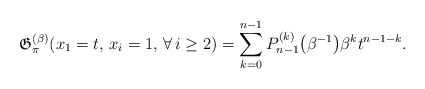
\begin{gather*}\mathfrak{ G}_{\pi}^{(\beta)}(x_1=t,\,x_i=1,\, \forall\, i \ge 2)= \sum_{k=0}^{n-1} P_{n-1}^{(k)}\big(\beta^{-1}\big) \beta^{k} t^{n-1-k}.\end{gather*}